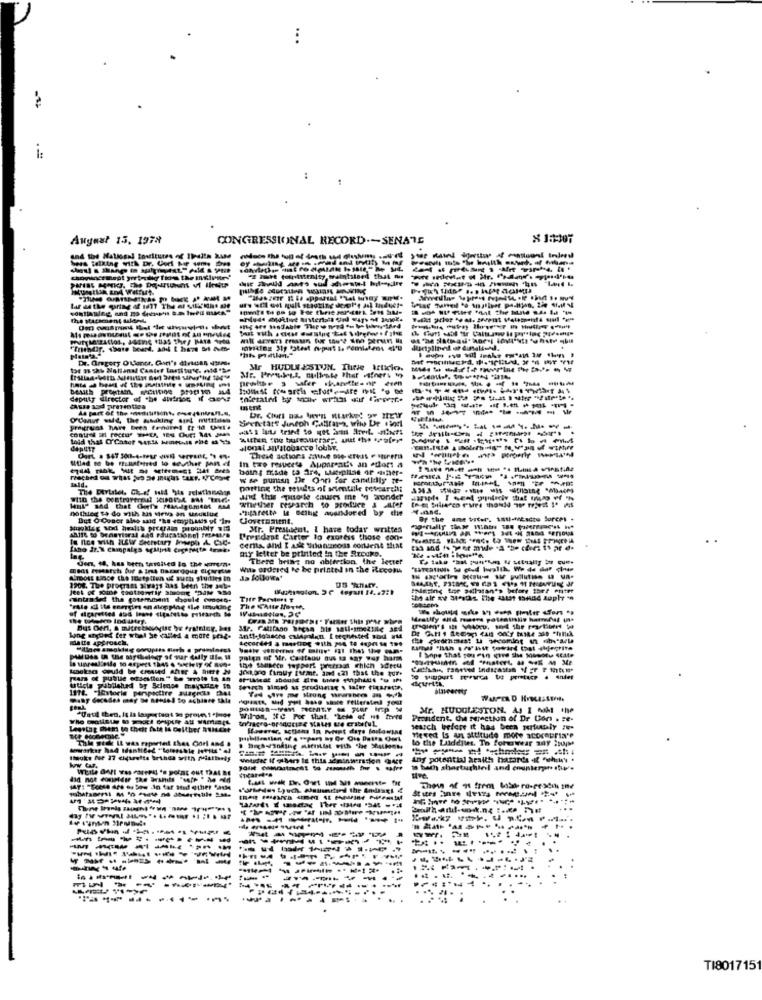
August 15. 1978
CONGRESSIONAL RECORD .- SENATE
us et est quit stadting desl'e al Induct-
Dr. Orgory O'Lanor, Gun's dirtcan useer
Mr HUDLESTON. These krucio.
deputy director of the divinos If act
Sjøettare Juntoh Cabras, who Dr .sort
Dr. Churt nas ber's Market ov ItEi
sional sitobacco Touhy,
to be multatred lo seuther pan el
In tre resucets Apparaatis an edfors a
boing made ta are, Latiplias of caner-
Wald.
Ww gunsn De Qun for candidly ze-
porting the results of scientile revearchi
and this porle causes me in avonder
whether research to produce & ltfer
nothing to do with as veso an ueuxlue
Itarette le being auandored by die
But O Cosor also said "as easytiunds of "Ine
Cloveramient.
ar the
Mr. Prestient, I have today writtes
President Carter to express those con-
certa, and I ask suntrods content that
my letter be printed in the Sucuko.
There bring no ablertion, the letter
With ordered te be printed in the itecon
ALTDOLL Lince the mostplIun ul auth Studies in
1908. The program aiways has been the sobe
fantaadded the cosemasem should codoto.
"rale Il its energies en alopplag lot Inuting
The Chie North-
matte Approach,
Lang argued fer what Se called a more prag-
Lecorded a mastiog with pa to doprise 199
"linee smoklag ovuptas flash e promlares
palen of Mr. Co ttanu ous sa any way harm
the sansets tappert prercasa chich xret
pars of publie osestich" be wrote la an
1176. "Istorie panpoctire suagrus 44
utiche published by Selegge mayarice $h
feuch aimed at produmag \ taler ticarette.
Mr. HUDGLESTON. AJ 1 50M the
Until then, It Is lasportant to projes 1 "Hot Wil-on, IfC For that. "Lese of ms toves
Prondent. the mefection of Dr Con . se-
Legstag them to ther Ate is oeither Mischt
search before it has been merfuttly ".
Thie godt It was reportet thes Gori and a
Mered Is an attitude more acorepria'e
to the Luideller. To fohauwar may ;nujMs
towarkar had Identitet " tolesskle Hofritt " Al
-------.
tMake fue 27 cigarette brthea writh fiathely
" tach shortuchinl and eminterpre tu.
Thew of 9 frem lash ro-pescih ine
-------
-----
----
-----
-----.
TI801715